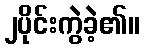
၂ပိုင်းကွဲခဲ့၏။